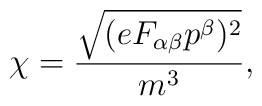
\chi=\frac{\sqrt{(eF_{\alpha \beta}p^{\beta})^2}}{m^3},